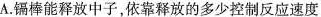
A. 镉棒能释放中子，依靠释放的多少控制反应速度